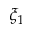
\xi _ { 1 }